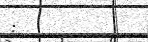
: